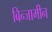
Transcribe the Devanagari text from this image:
बिन्जामीन